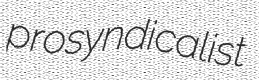
prosyndicalist